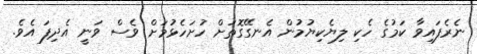
ނެރެފައިވާ ކަމުގެ ހެކި ލިޔެކިޔުމުން އެނގޭގޮތަށް ހުށަހެޅުމަށް ވެސް ވަނީ އެދިފަ އެވެ.